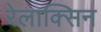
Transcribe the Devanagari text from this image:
रेलाक्सिन